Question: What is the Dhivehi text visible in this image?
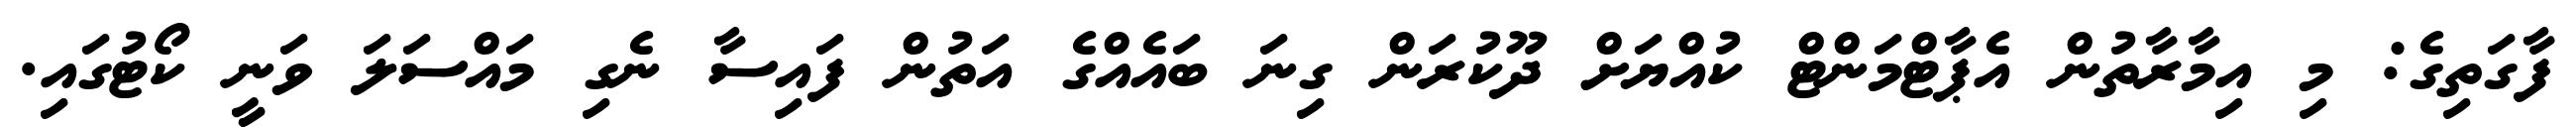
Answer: ފާގަތިގެ: މި އިމާރާތުން އެޕާޓްމަންޓް ކުއްޔަށް ދޫކުރަން ގިނަ ބައެއްގެ އަތުން ފައިސާ ނެގި މައްސަލަ ވަނީ ކޯޓުގައި.